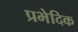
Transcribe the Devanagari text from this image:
प्रभेदिक